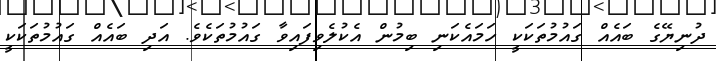
ދުނިޔޭގެ ބައެއް ގައުމުތަކަކީ ހަމައެކަނި ބިމުން އެކުލެވިފައިވާ ގައުމުތަކެވެ. އަދި ބައެއް ގައުމުތަކަކީ